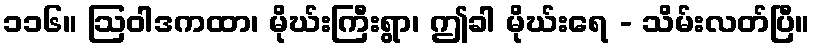
၁၁၆။ ဩဝါဒကထာ၊ မိုဃ်းကြီးရွာ၊ ဤခါ မိုဃ်းရေ - သိမ်းလတ်ပြီ။